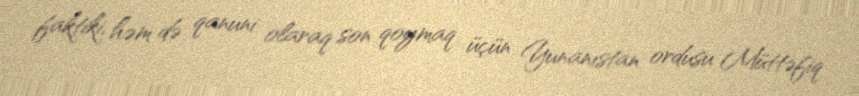
faktiki, həm də qanuni olaraq son qoymaq üçün Yunanıstan ordusu Müttəfiq